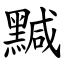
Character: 黬